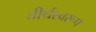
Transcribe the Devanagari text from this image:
तीर्थस्वरूप